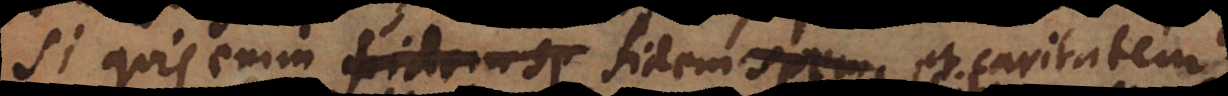
Si quis enim fidem sp fidem spem et caritatem